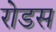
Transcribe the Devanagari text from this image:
रोडस